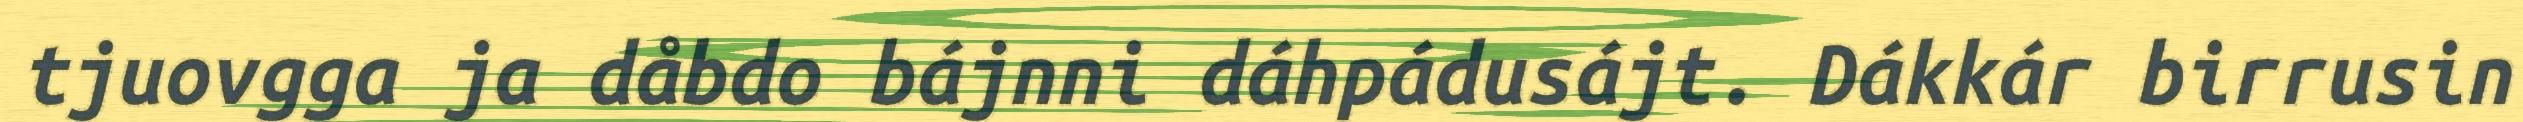
tjuovgga ja dåbdo bájnni dáhpádusájt. Dákkár birrusin